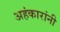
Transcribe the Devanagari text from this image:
अहंकारांनी